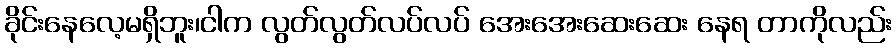
ခိုင်းနေလေ့မရှိဘူး၊ငါက လွတ်လွတ်လပ်လပ် အေးအေးဆေးဆေး နေရ တာကိုလည်း